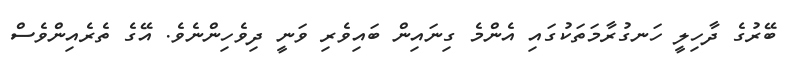
ބޭރުގެ ދާހިލީ ހަނގުރާމަތަކުގައި އެންމެ ގިނައިން ބައިވެރި ވަނީ ދިވެހިންނެވެ. އޭގެ ތެރެއިންވެސް